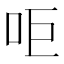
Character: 𠰠